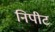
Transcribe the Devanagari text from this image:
निपीट